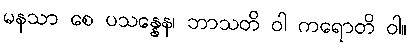
မနသာ စေ ပသန္နေန၊ ဘာသတိ ဝါ ကရောတိ ဝါ။